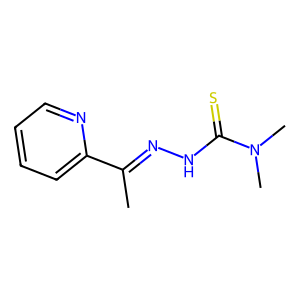
SMILES: CC(=NNC(=S)N(C)C)c1ccccn1
Inhibits HIV replication: No